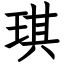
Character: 琪